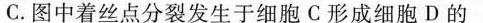
C.图中着丝点分裂发生于细胞C形成细胞D的